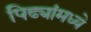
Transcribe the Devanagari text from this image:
पिढ्यांमध्ये